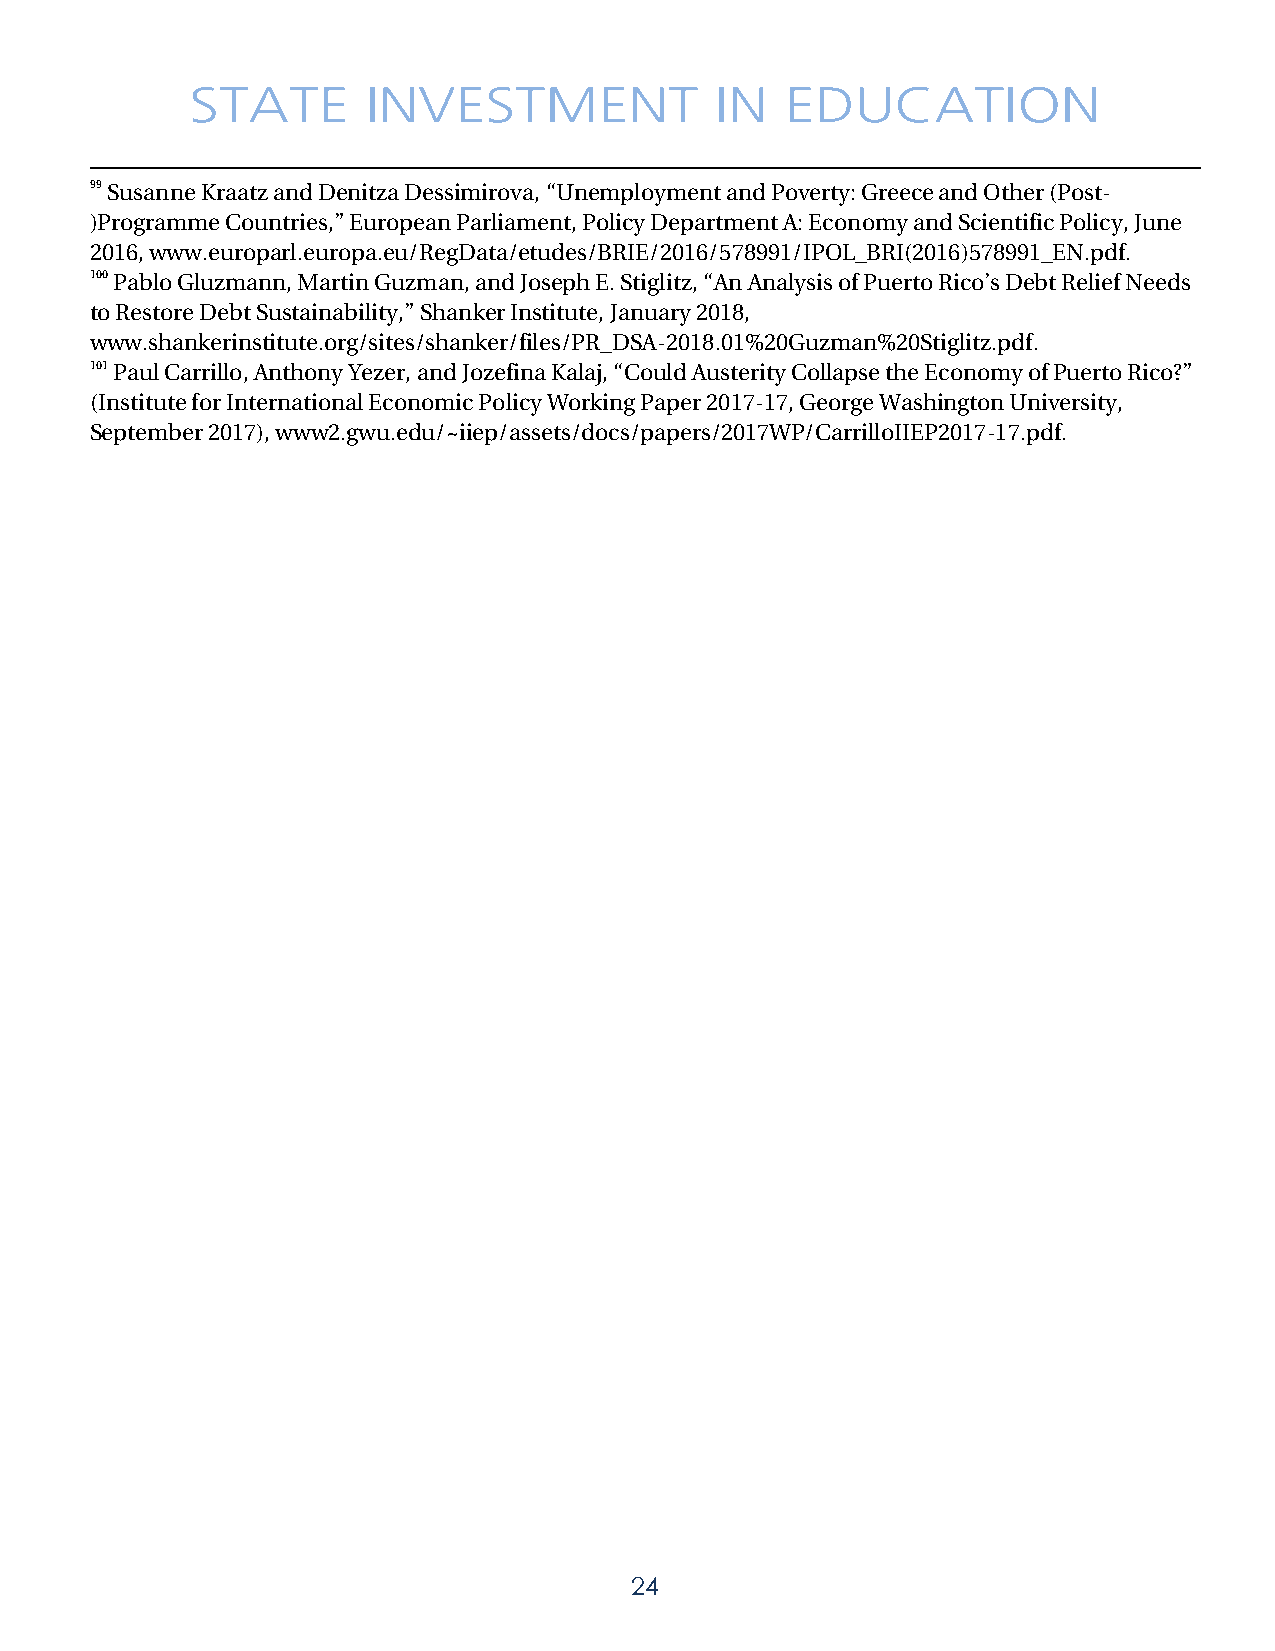
STATE      INVESTMENT             IN   EDUCATION
 99 Susanne Kraatz and Denitza Dessimirova, “Unemployment and Poverty: Greece and Other (Post-
 )Programme Countries,” European Parliament, Policy Department A: Economy and Scientific Policy, June
 2016, www.europarl.europa.eu/RegData/etudes/BRIE/2016/578991/IPOL_BRI(2016)578991_EN.pdf.
 100 Pablo Gluzmann, Martin Guzman, and Joseph E. Stiglitz, “An Analysis of Puerto Rico’s Debt Relief Needs
 to Restore Debt Sustainability,” Shanker Institute, January 2018,
 www.shankerinstitute.org/sites/shanker/files/PR_DSA-2018.01%20Guzman%20Stiglitz.pdf.
 101 Paul Carrillo, Anthony Yezer, and Jozefina Kalaj, “Could Austerity Collapse the Economy of Puerto Rico?”
 (Institute for International Economic Policy Working Paper 2017-17, George Washington University,
 September 2017), www2.gwu.edu/~iiep/assets/docs/papers/2017WP/CarrilloIIEP2017-17.pdf.
 24